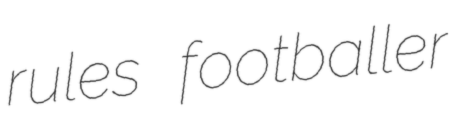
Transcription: rules footballer